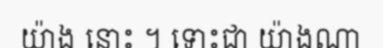
យ៉ាង នោះ ។ ទោះជា យ៉ាងណា